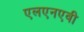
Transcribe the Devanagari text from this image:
एलएनएवी